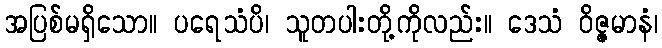
အပြစ်မရှိသော။ ပရေသံပိ၊ သူတပါးတို့ကိုလည်း။ ဒေသံ ဝိဇ္ဇမာနံ၊